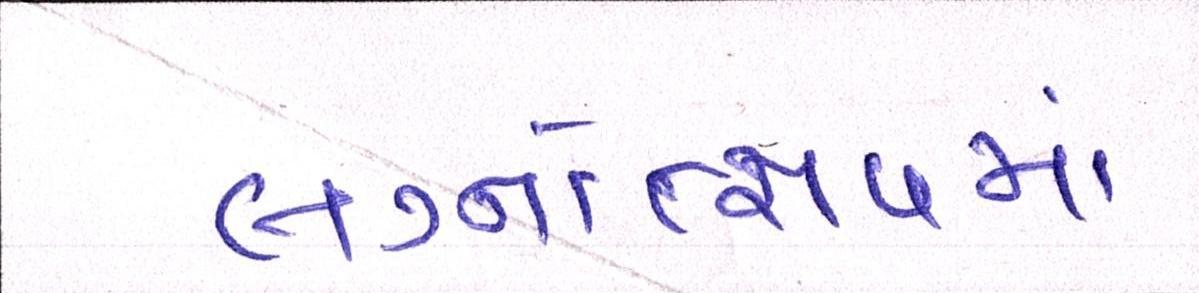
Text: લગ્નોત્સવમાં